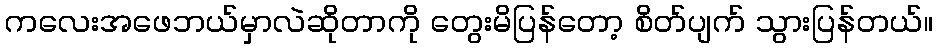
ကလေးအဖေဘယ်မှာလဲဆိုတာကို တွေးမိပြန်တော့ စိတ်ပျက် သွားပြန်တယ်။